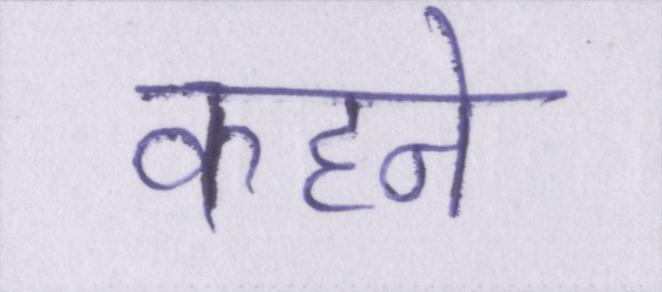
कहने